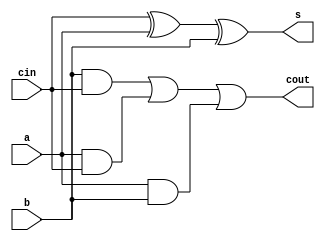
module full_adder(a, b, cin, s, cout);
  // a and b are the bits to add
  // cin is carry in
  input wire a, b, cin;
  
  // s is the sum of a and b. cout is any carry out bit
  output wire s, cout;

  // logic for sum and carry
  assign s = cin ^ a ^ b;
  assign cout = (b & cin) | (a & cin) | (a & b); 
  
endmodule